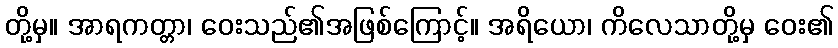
တို့မှ။ အာရကတ္တာ၊ ဝေးသည်၏အဖြစ်ကြောင့်။ အရိယော၊ ကိလေသာတို့မှ ဝေး၏